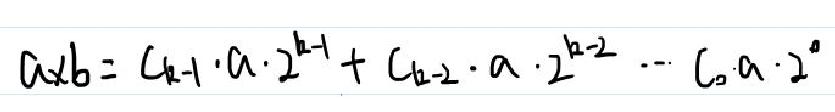
\[
a\times b = c_{k - 1}\cdot a\cdot 2^{k - 1}+c_{k - 2}\cdot a\cdot 2^{k - 2}+\cdots + c_{0}\cdot a\cdot 2^{0}
\]